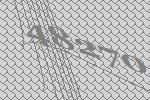
48270